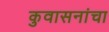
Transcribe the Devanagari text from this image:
कुवासनांचा